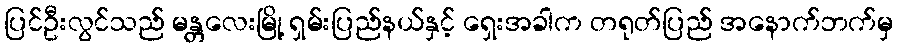
ပြင်ဦးလွင်သည် မန္တလေးမြို့ ရှမ်းပြည်နယ်နှင့် ရှေးအခါက တရုတ်ပြည် အနောက်ဘက်မှ